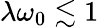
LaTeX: \lambda\omega_{0}\lesssim 1